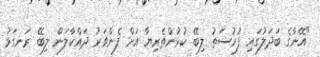
"އޭނާގެ ބަދަލުގައި ފުރުސަތު ލިބޭ ކުޅުންތެރިޔާ އަށް ފެންވަރު ދައްކާލަން ލިބޭ ރަނގަޅު